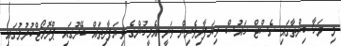
މި މަހާސިންތާގައި ގެސްޓް ހައުސް ވިޔަފާރިވެރިން ވަނީ އެމީހުންގެ ވިޔަފާރިތައް ބޭރުގައި ޕްރޮމޯޓްކުރުމުގައި